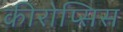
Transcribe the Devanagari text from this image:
कीरोप्सिस